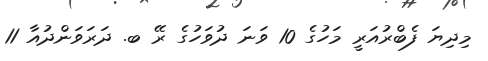
މިދިޔަ ފެބްރުއަރީ މަހުގެ 10 ވަނަ ދުވަހުގެ ރޭ ބ. ދަރަވަންދުއާ 11